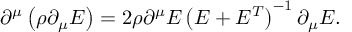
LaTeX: \partial ^ { \mu } \left( \rho \partial _ { \mu } E \right) = 2 \rho \partial ^ { \mu } E \left( E + E ^ { T } \right) ^ { - 1 } \partial _ { \mu } E .